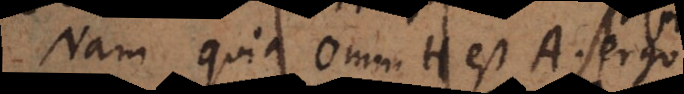
Nam quia Omn. H est A ergo